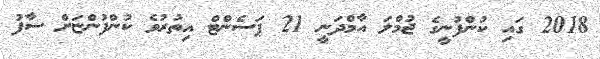
2018 ގައި ކުންފުނީގެ ޖުމްލަ އާމްދަނީ 21 ޕަސެންޓް އިތުރުވެ ކުންފުންޏަށް ސާފު